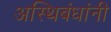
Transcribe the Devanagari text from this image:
अस्थिबंधांनी